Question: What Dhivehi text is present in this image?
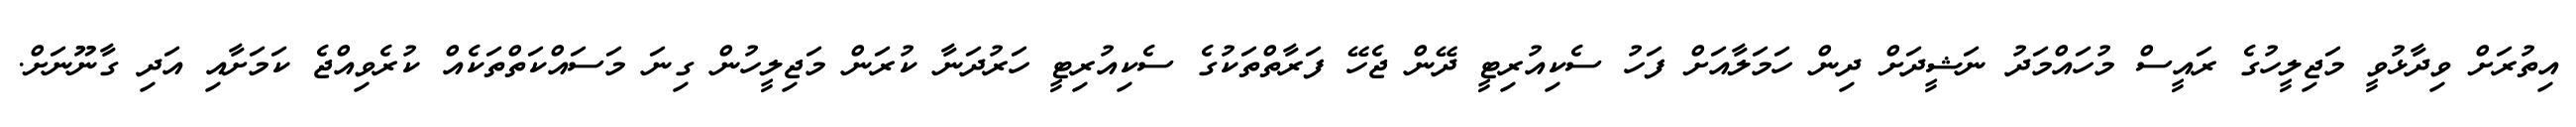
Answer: އިތުރަށް ވިދާޅުވީ މަޖިލީހުގެ ރައީސް މުހައްމަދު ނަޝީދަށް ދިން ހަމަލާއަށް ފަހު ސެކިއުރިޓީ ދޭން ޖެހޭ ފަރާތްތަކުގެ ސެކިއުރިޓީ ހަރުދަނާ ކުރަން މަޖިލީހުން ގިނަ މަސައްކަތްތަކެއް ކުރެވިއްޖެ ކަމަށާއި އަދި ގާނޫނަށް.